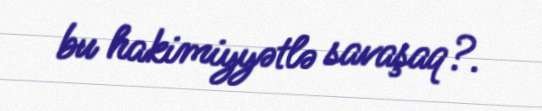
bu hakimiyyətlə savaşaq?.